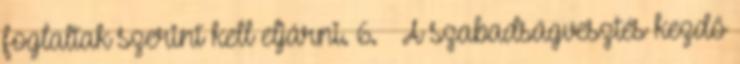
foglaltak szerint kell eljárni. 6. § A szabadságvesztés kezdő